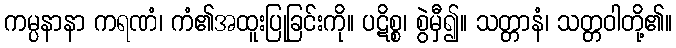
ကမ္ပနာနာ ကရဏံ၊ ကံ၏အထူးပြုခြင်းကို။ ပဋိစ္စ၊ စွဲမှီ၍။ သတ္တာနံ၊ သတ္တဝါတို့၏။